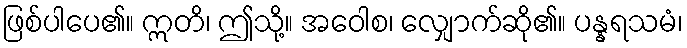
ဖြစ်ပါပေ၏။ ဣတိ၊ ဤသို့။ အဝေါစ၊ လျှောက်ဆို၏။ ပန္နရသမံ၊